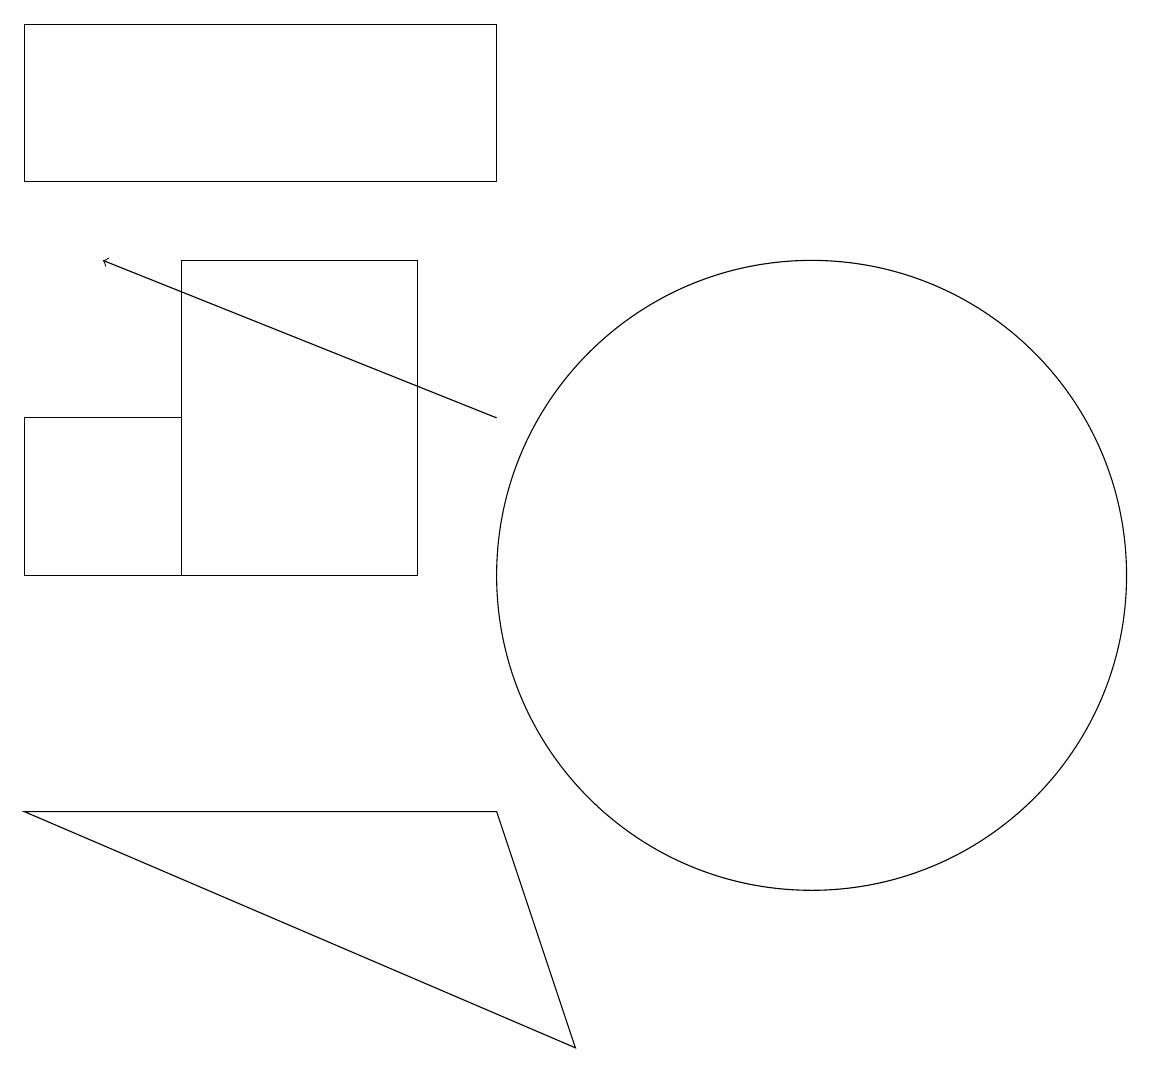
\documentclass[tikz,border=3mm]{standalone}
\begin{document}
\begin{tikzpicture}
\draw (6,10) rectangle (3,14);
\draw (11,10) circle (4);
\draw (1,12) rectangle (3,10);
\draw (8,4) -- (7,7) -- (1,7) -- cycle;
\draw[->] (7,12) -- (2,14);
\draw (7,15) rectangle (1,17);
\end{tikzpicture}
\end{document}